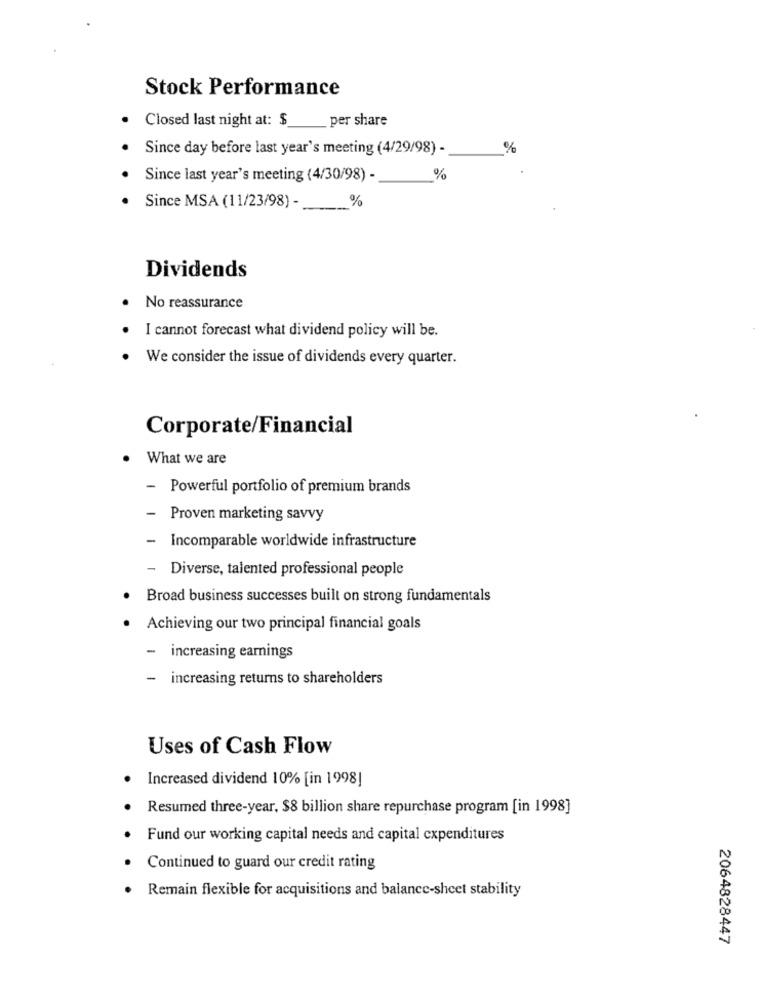
Stock Performance
Closed last night at: $
per share
Since day before last year's meeting (4/29/98) -
%
Since last year's meeting (4/30/98) -
%
%
Since MSA (11/23/98) -
Dividends
No reassurance
I cannot forecast what dividend policy will be.
We consider the issue of dividends every quarter.
Corporate/Financial
What we are
- Powerful portfolio of premium brands
Proven marketing savvy
- Incomparable worldwide infrastructure
- Diverse, talented professional people
· Broad business successes built on strong fundamentals
· Achieving our two principal financial goals
- increasing earnings
increasing returns to shareholders
Uses of Cash Flow
Increased dividend 10% [in 1998]
Resumed three-year, $8 billion share repurchase program [in 1998]
Fund our working capital needs and capital expenditures
Continued to guard our credit rating
Remain flexible for acquisitions and balance-sheet stability
2064828447